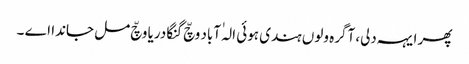
پھر ایہہ دلی، آگرہ ولوں ہندی ہوئی الہٰ آباد وچّ گنگا دریا وچّ مل جاندا اے ۔